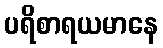
ပရိစာရယမာနေ